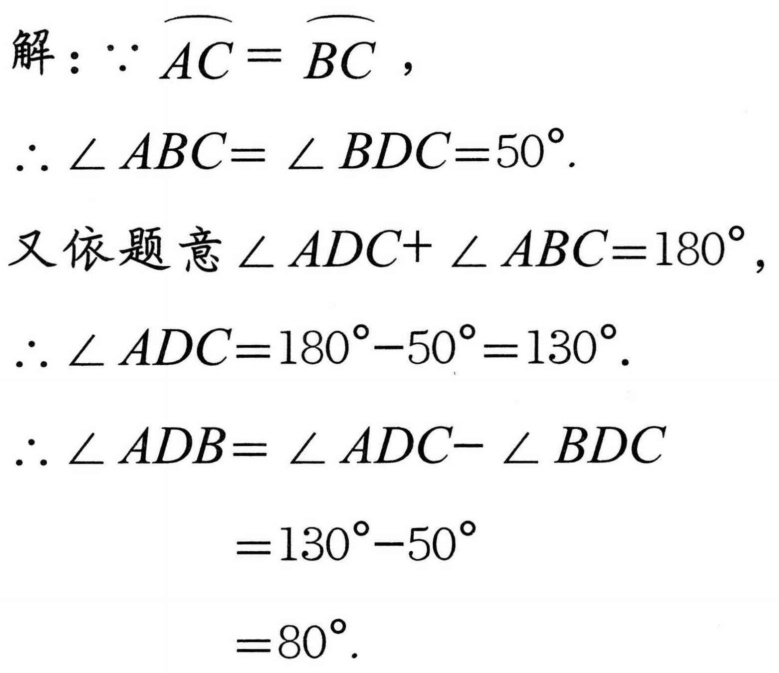
解：\(\because \overset{\frown}{AC} = \overset{\frown}{BC}\)，
\(\therefore \angle ABC = \angle BDC = 50^{\circ}\).
又依题意\(\angle ADC + \angle ABC = 180^{\circ}\)，
\(\therefore \angle ADC = 180^{\circ} - 50^{\circ} = 130^{\circ}\).
\(\therefore \angle ADB = \angle ADC - \angle BDC\)
\(= 130^{\circ} - 50^{\circ}\)
\(= 80^{\circ}\).